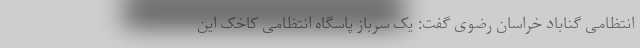
انتظامی گناباد خراسان رضوی گفت: یک سرباز پاسگاه انتظامی کاخک این